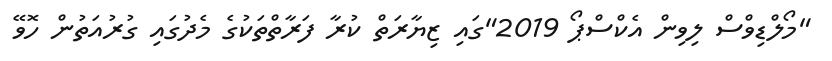
"މޯލްޑިވްސް ލިވިން އެކްސްޕޯ 2019"ގައި ޒިޔާރަތް ކުރާ ފަރާތްތަކުގެ މެދުގައި ގުރުއަތުން ހޮވޭ